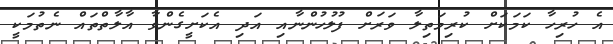
އެ ހުރިހާ ކަމަކަށް ކުރިމަތިލާ ވަރަށް ފުލުހުންނާއި އަދި އެކަށީގެންވާ އާލާތްތައް ނެތުމަކީ